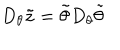
D _ { \theta } \tilde { z } = \tilde { \theta } D _ { \theta } \tilde { \theta }